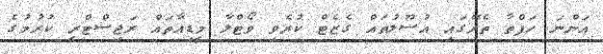
އަންނަ ހަފްތާ ތެރޭގައި އުސޫލުތައް ގެޒެޓް ކުރެވި ވޯޓްލާ މީޑިއާތައް ރަޖިސްޓްރީ ކުރުމުގެ